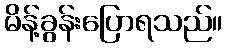
မိန့်ခွန်းပြောရသည်။